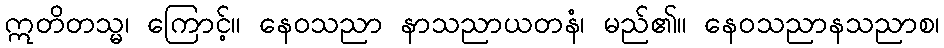
ဣတိတသ္မ၊ ကြောင့်။ နေဝသညာ နာသညာယတနံ၊ မည်၏။ နေဝသညာနသညာစ၊